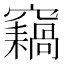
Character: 𥨸